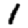
Digit: 1